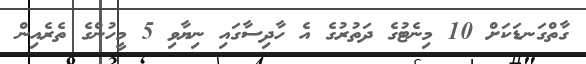
ގާތްގަނޑަކަށް 10 މިނެޓުގެ ދަތުރުގެ އެ ހާދިސާގައި ނިޔާވި 5 މީހުންގެ ތެރެއިން